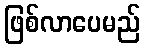
ဖြစ်လာပေမည်